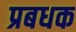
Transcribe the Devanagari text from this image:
प्रबधक